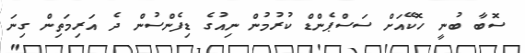
ސޮބާ ބުނީ ހޮކޭއަށް ސަސްޕެންޑް ކުރުމުން ނިއުގެ ޑިފެންސުން ދެ އަރިމަތިން ގިނަ